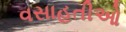
વસાહતીઓ